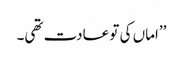
’’اماں کی تو عادت تھی۔